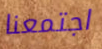
اجتمعنا